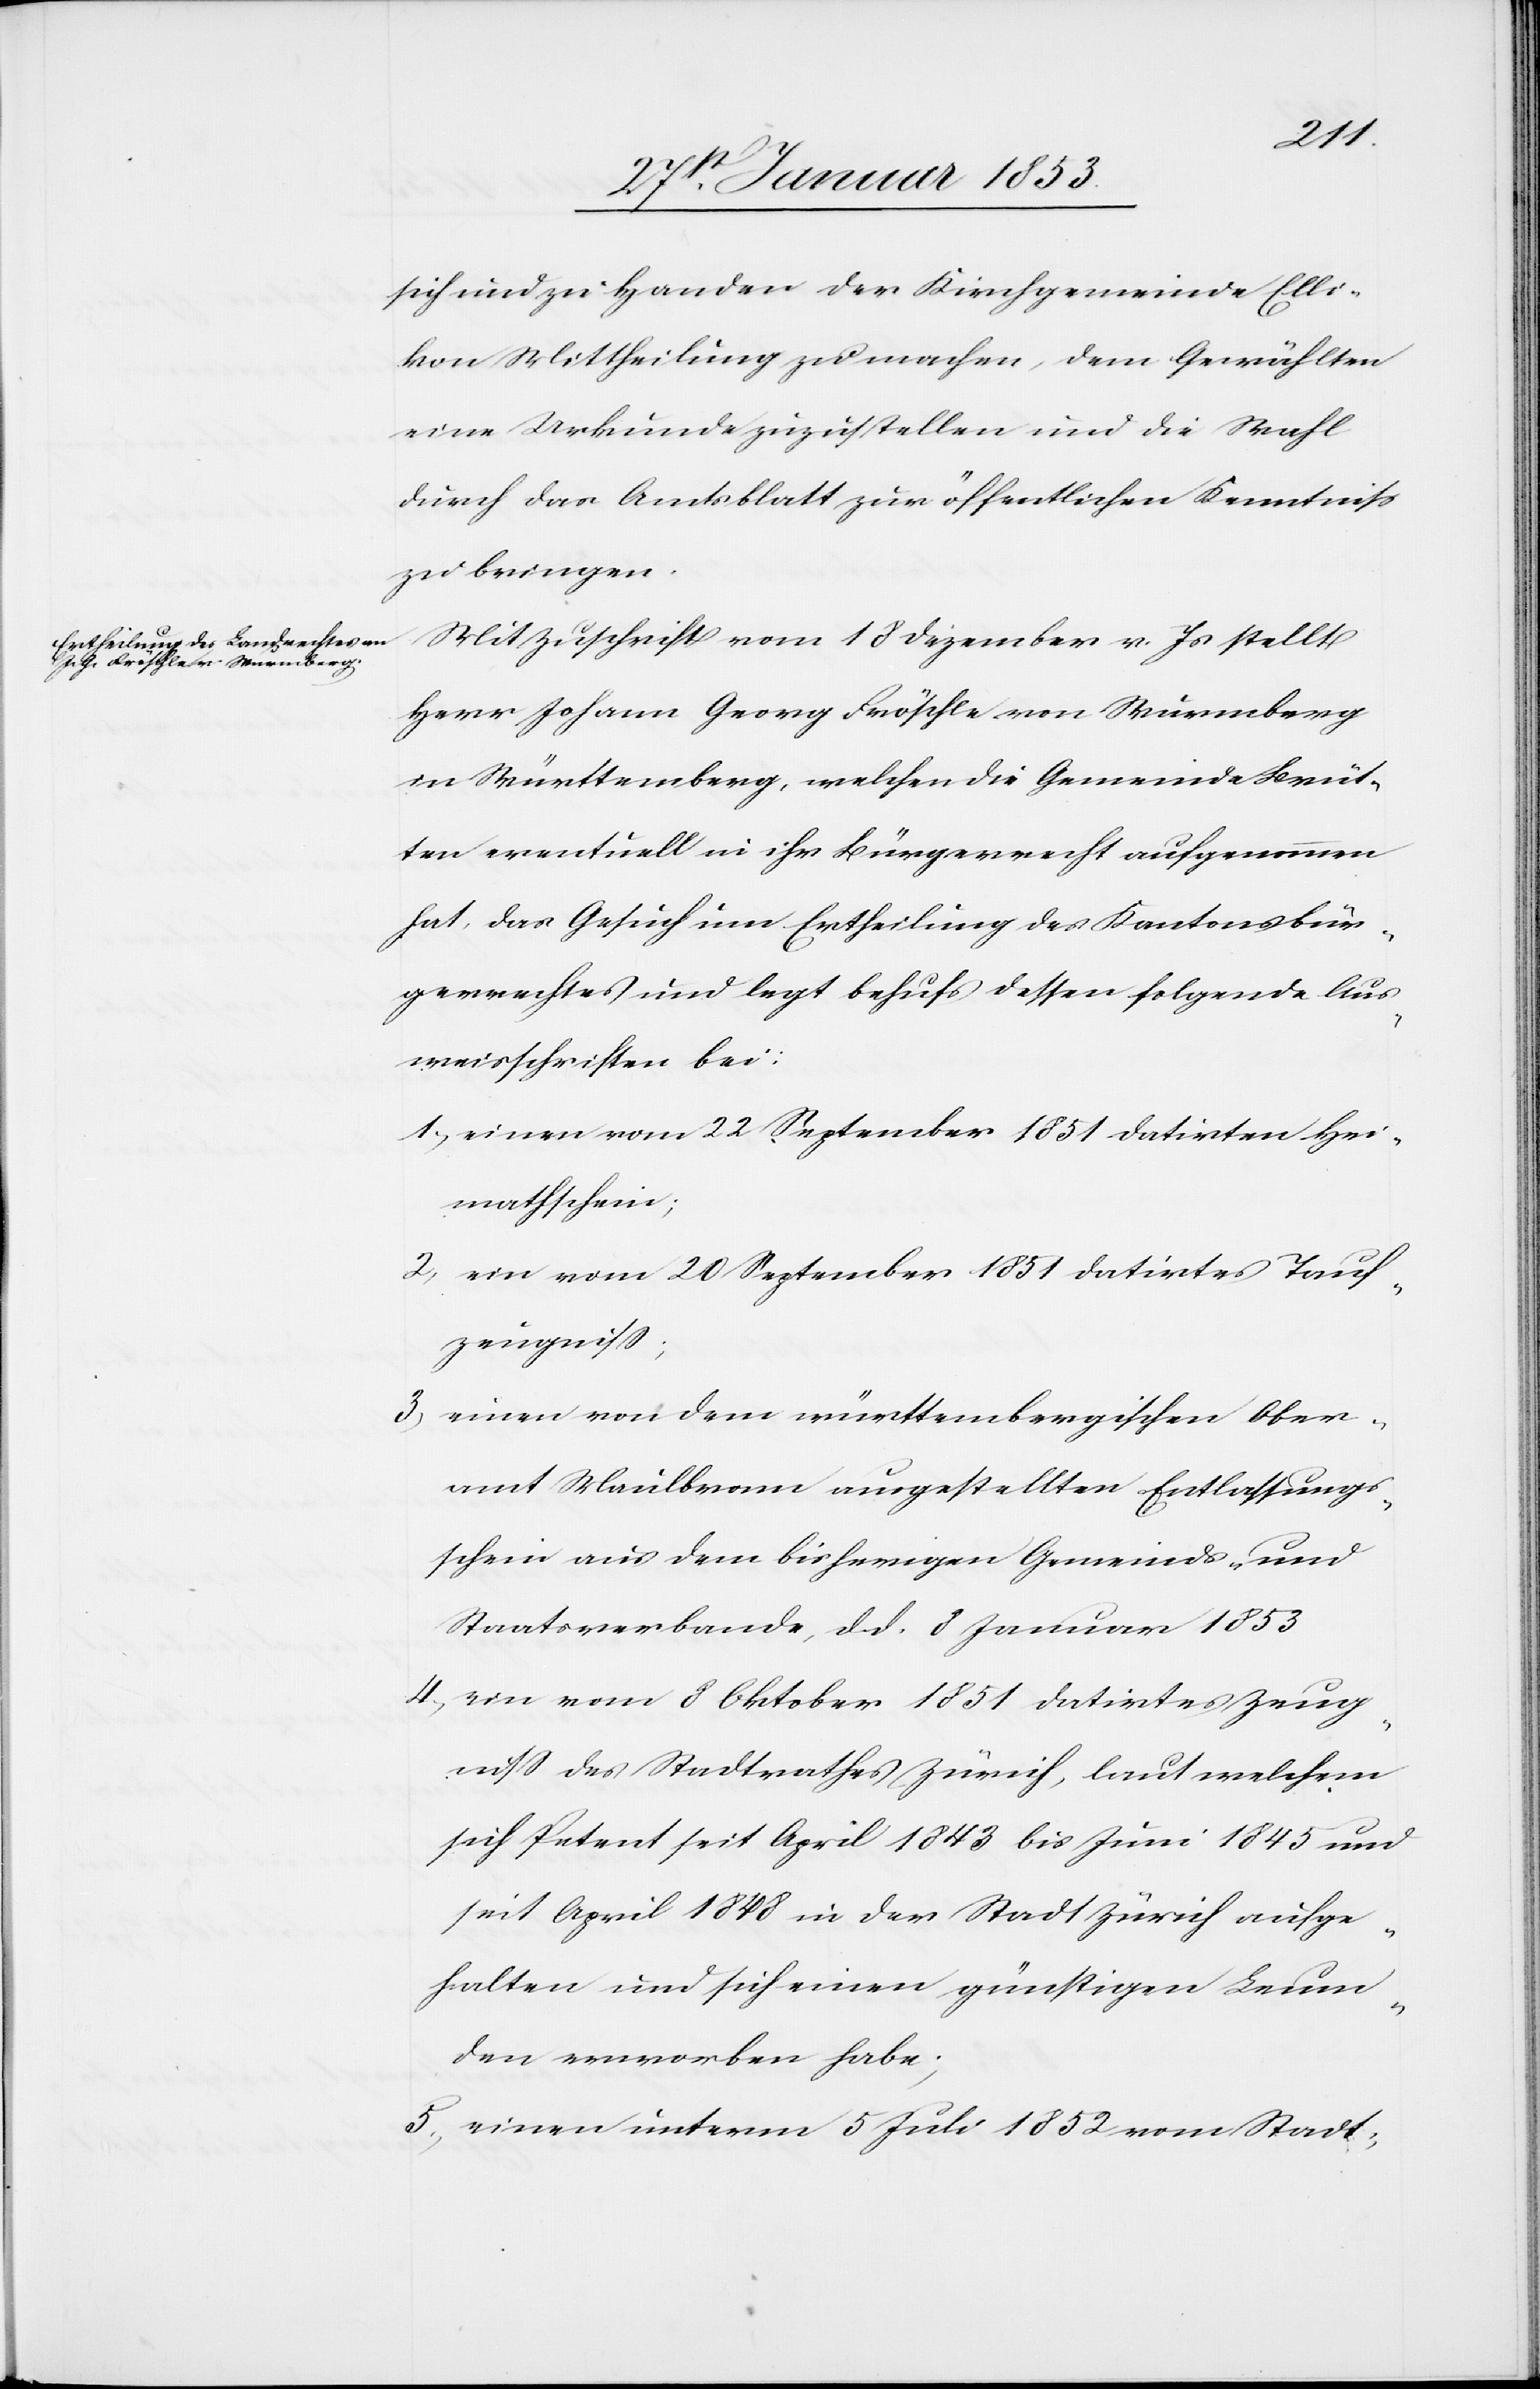
sich und zu Handen der Kirchgemeinde Elli¬
kon Mittheilung zu machen, dem Gewählten
eine Urkunde zuzustellen und die Wahl
durch das Amtsblatt zur öffentlichen Kenntniß
zu bringen.
Mit Zuschrift vom 18 Dezember v. Js. stellt
Herr Johann Georg Fröschle von Wurmberg
in Würrtemberg, welchen die Gemeinde Brüt¬
ten eventuell in ihr Bürgerrecht aufgenommen
hat, das Gesuch um Ertheilung des Kantonsbür¬
gerrechtes und legt behufs dessen folgende Aus¬
weisschriften bei:
1, einen vom 22 September 1851 datirten Hei¬
mathschein;
2, ein vom 20 September 1851 datirtes Tauf¬
zeugniß;
3, einen von dem württembergischen Ober¬
amt Maulbronn ausgestellten Entlassungs¬
schein aus dem bisherigen Gemeinds- und
Staatsverbande, d. d. 8 Januar 1853
4, ein vom 8 Oktober 1851 datirtes Zeug¬
niß des Stadtrathes Zürich, laut welchem
sich Petent seit April 1843 bis Juni 1845 und
seit April 1848 in der Stadt Zürich aufge¬
halten und sich einen günstigen Leum¬
den erworben habe;
5, einen unterm 5 Juli 1852 vom Stadt-